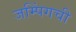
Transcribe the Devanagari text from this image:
जम्पिंगची